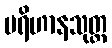
ပရိဟာနသုတ္တ